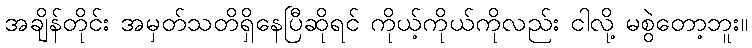
အချိန်တိုင်း အမှတ်သတိရှိနေပြီဆိုရင် ကိုယ့်ကိုယ်ကိုလည်း ငါလို့ မစွဲတော့ဘူး။